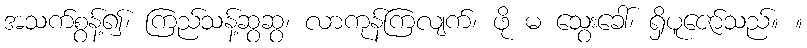
အသက်စွန့်၍၊ ကြည်သန့်ဆွဆွ၊ လာကုန်ကြလျက်၊ ဖို မ သွေးခေါ်၊ ရှိပူဇော်သည်။ ။